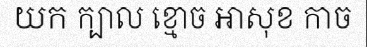
យក ក្បាល ខ្មោច អាសុខ កាច